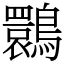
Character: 䴉